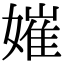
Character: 㜠